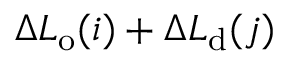
\Delta L _ { \mathrm { o } } ( i ) + \Delta L _ { \mathrm { d } } ( j )